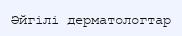
Әйгілі дерматологтар